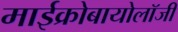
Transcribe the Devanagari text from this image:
माईक्रोबायोलॉजी